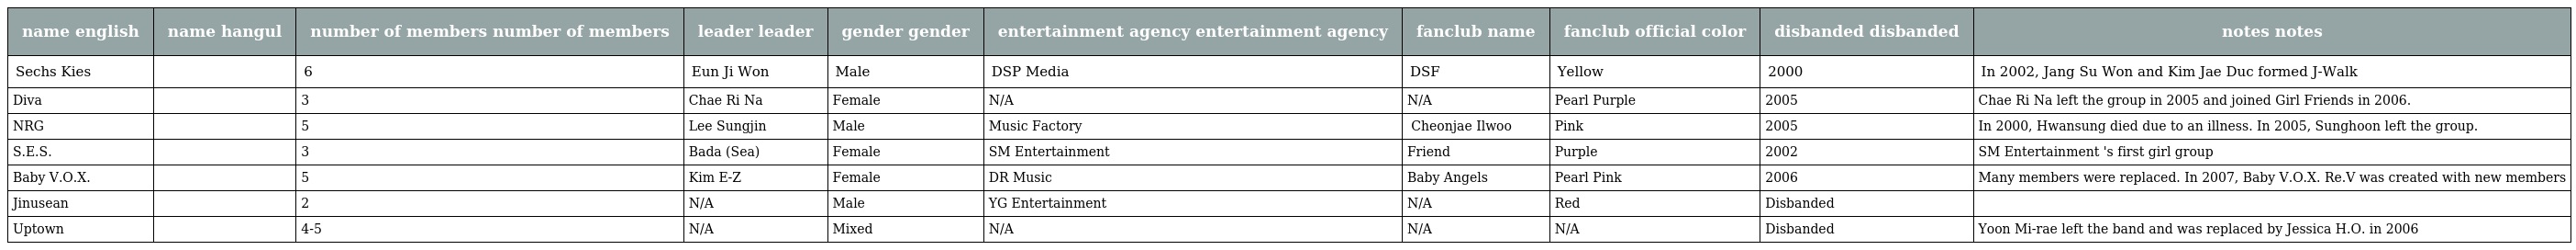
| name english | name hangul | number of members number of members | leader leader | gender gender | entertainment agency entertainment agency | fanclub name | fanclub official color | disbanded disbanded | notes notes |
 | --- | --- | --- | --- | --- | --- | --- | --- | --- | --- |
 | Sechs Kies | 젝스 키스 | 6 | Eun Ji Won | Male | DSP Media | DSF | Yellow | 2000 | In 2002, Jang Su Won and Kim Jae Duc formed J-Walk |
 | Diva | 디바 | 3 | Chae Ri Na | Female | N/A | N/A | Pearl Purple | 2005 | Chae Ri Na left the group in 2005 and joined Girl Friends in 2006. |
 | NRG | 엔알지 | 5 | Lee Sungjin | Male | Music Factory | 천재일우 Cheonjae Ilwoo | Pink | 2005 | In 2000, Hwansung died due to an illness. In 2005, Sunghoon left the group. |
 | S.E.S. | 에스이에스 | 3 | Bada (Sea) | Female | SM Entertainment | Friend | Purple | 2002 | SM Entertainment 's first girl group |
 | Baby V.O.X. | 베이비 복스 | 5 | Kim E-Z | Female | DR Music | Baby Angels | Pearl Pink | 2006 | Many members were replaced. In 2007, Baby V.O.X. Re.V was created with new members |
 | Jinusean | 지누션 | 2 | N/A | Male | YG Entertainment | N/A | Red | Disbanded |  |
 | Uptown | 업타운 | 4-5 | N/A | Mixed | N/A | N/A | N/A | Disbanded | Yoon Mi-rae left the band and was replaced by Jessica H.O. in 2006 |